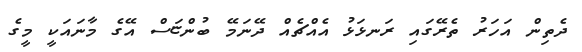
ދެތިން އަހަރު ތެރޭގައި ރަނޅަޅު އެއްޗެއް ދޭނަމޭ ބުންޏަސް އޭގެ މާނައަކީ މީގެ